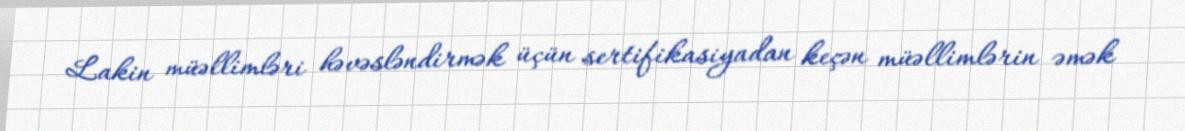
Lakin müəllimləri həvəsləndirmək üçün sertifikasiyadan keçən müəllimlərin əmək